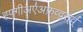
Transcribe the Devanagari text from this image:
ह्फ्गीअए॑अफ्र्व्द्स्व्॑